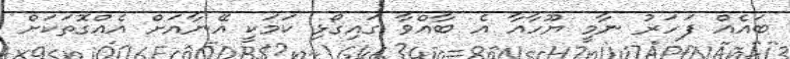
ބައެއް ފަހަރު ނާމީ ޔޫހާއާ އެ ބާއްވާ ގައިގޯޅި ކަމަކީ އޭނާއަށް އެއްގޮތަކަށް